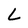
Character: L